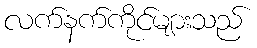
လက်နက်ကိုင်များသည်